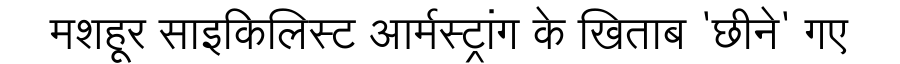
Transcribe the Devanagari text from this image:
मशहूर साइकिलिस्ट आर्मस्ट्रांग के खिताब 'छीने' गए